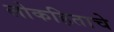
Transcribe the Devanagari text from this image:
लोकहिताचे